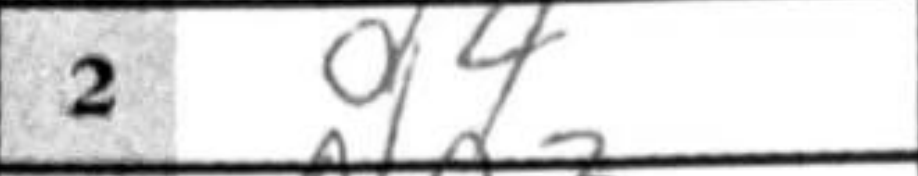
Transcription: d4